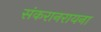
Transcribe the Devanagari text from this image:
संकरानरायना